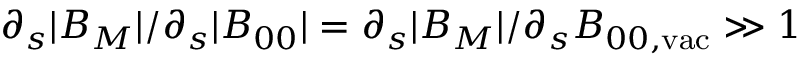
\partial _ { s } | B _ { M } | / \partial _ { s } | B _ { 0 0 } | = \partial _ { s } | B _ { M } | / \partial _ { s } B _ { 0 0 , \mathrm { v a c } } \gg 1